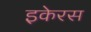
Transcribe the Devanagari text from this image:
इकेरस